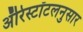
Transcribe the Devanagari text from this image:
ॲरिस्टॉटलनुसार